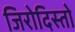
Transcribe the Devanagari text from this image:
जिरोदिस्तो